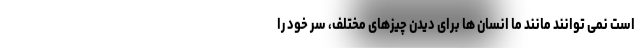
است نمی توانند مانند ما انسان ها برای دیدن چیزهای مختلف، سر خود را